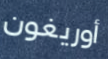
أوريغون